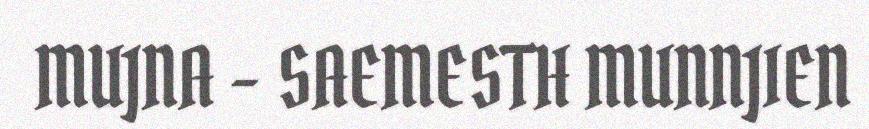
MUJNA - SAEMESTH MUNNJIEN